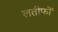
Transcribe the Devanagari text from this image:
लतीफों